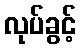
လုပ်ခွင့်